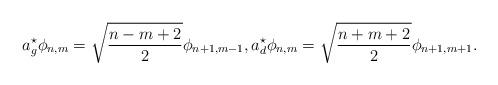
LaTeX: \begin{align*}a^{\star}_g \phi_{n,m}=\sqrt{\frac{n-m+2}2} \phi_{n+1,m-1},a^{\star}_d \phi_{n,m}=\sqrt{\frac{n+m+2}2} \phi_{n+1,m+1}.\end{align*}